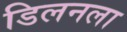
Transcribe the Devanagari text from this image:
डिलनला